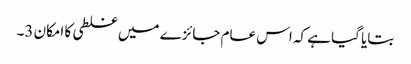
بتایا گیا ہے کہ اس عام جائزے میں غلطی کا امکان 3۔